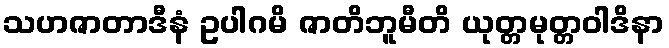
သဟဇာတာဒီနံ ဥပါဂမိ ဇာတိဘူမီတိ ယုတ္တမုတ္တဝါဒိနာ